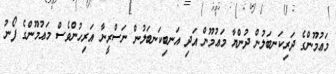
މަޢުމޫންގެ ދަރިކަނބަލުން ދުންޔާ މަޢުމޫން އަދި އަނބިކަނބަލުން ނަސްރީނާ އަރިހުންވެސް މަޢުމޫންގެ ފޯނު